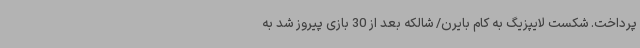
پرداخت. شکست لایپزیگ به کام بایرن/ شالکه بعد از 30 بازی پیروز شد به